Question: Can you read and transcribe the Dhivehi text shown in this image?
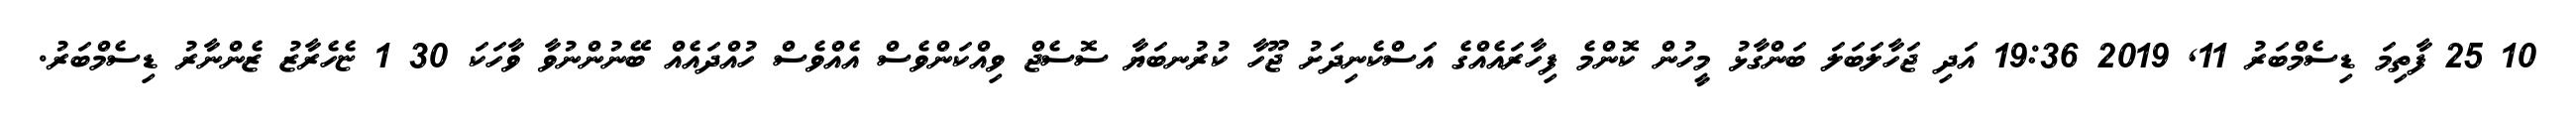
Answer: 10 25 ފާތިމަ ޑިސެމްބަރު 11, 2019 19:36 އަދި ޖަހާލަބަލަ ބަންގާޅު މީހުން ކޮންމެ ފިހާރައެއްގެ އަސްކެނިދަށު ޖޫހާ ކުރުނބަޔާ ސޮސެޖް ވިއްކަންވެސް އެއްވެސް ހުއްދައެއް ބޭނުންނުވާ ވާހަކަ 30 1 ޏެހެރާޒު ޒެންނާރު ޑިސެމްބަރު.